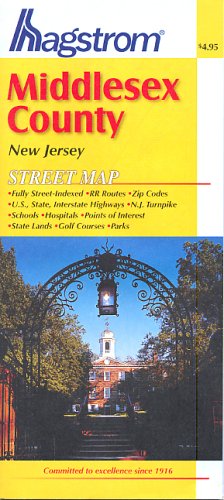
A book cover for Middlesex County, Nj Map; Hagstrom Map Company; Travel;